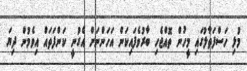
މުޅި ހަސްފަތާލުގައި މީހުން ތޮއްޖެހި ބާރުވެފައިކަން އަހަންނަށް އެގުނީ ކަންފަތައް އިވެމުން ދިޔަ